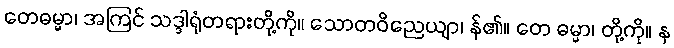
တေဓမ္မာ၊ အကြင် သဒ္ဒါရုံတရားတို့ကို။ သောတဝိညေယျာ၊ န်၏။ တေ ဓမ္မာ၊ တို့ကို။ န